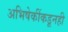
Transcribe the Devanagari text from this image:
अभिषेकींकडूनही